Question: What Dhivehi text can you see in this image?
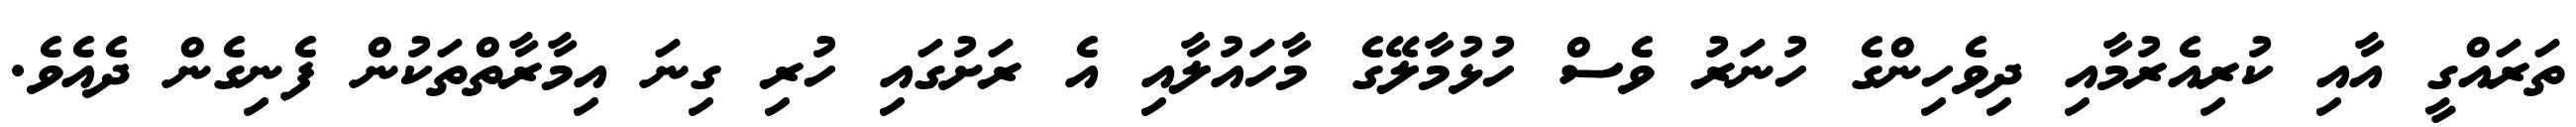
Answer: ތަރައްގީ އާއި ކުރިއެރުމާއި ދިވެހިންގެ ހުނަރު ވެސް ހުޅުމާލޭގެ މާހައުލާއި އެ ރަށުގައި ހުރި ގިނަ އިމާރާތްތަކުން ފެނިގެން ދެއެވެ.